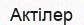
Актілер